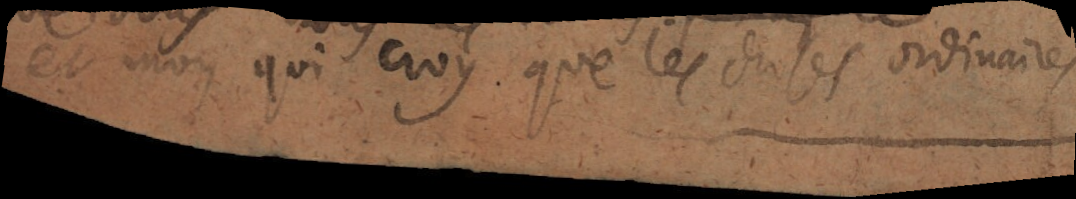
et moy qui croy que les choses ordinaires